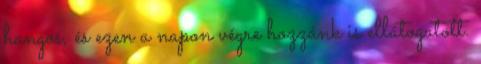
hangos, és ezen a napon végre hozzánk is ellátogatott.